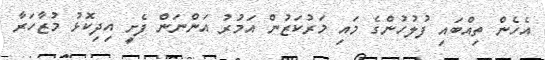
އެހެން ތިއްބައި ފުލުހުންގެ މައި މަރުކަޒުން އަމުރު އަންނަން ފެށީ އިދިކޮޅު މުޒާހަރާ